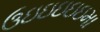
ઉઇઇઇઇઇમા